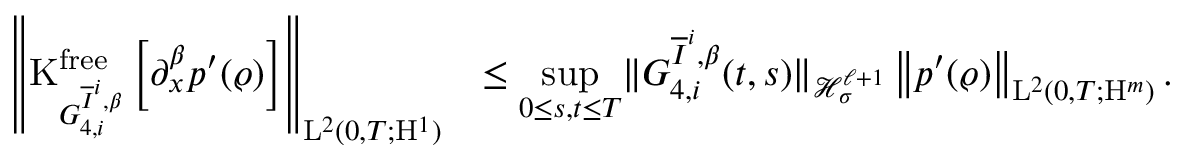
\begin{array} { r l } { \left\Vert \mathrm { K } _ { G _ { 4 , i } ^ { \overline { { I } } ^ { i } , \beta } } ^ { \mathrm { f r e e } } \left[ \partial _ { x } ^ { \beta } p ^ { \prime } ( \varrho ) \right] \right\Vert _ { \mathrm { L } ^ { 2 } ( 0 , T ; \mathrm { H } ^ { 1 } ) } } & { \leq \underset { 0 \leq s , t \leq T } { \operatorname* { s u p } } \Vert G _ { 4 , i } ^ { \overline { { I } } ^ { i } , \beta } ( t , s ) \Vert _ { \mathcal { H } _ { \sigma } ^ { \ell + 1 } } \left\Vert p ^ { \prime } ( \varrho ) \right\Vert _ { \mathrm { L } ^ { 2 } ( 0 , T ; \mathrm { H } ^ { m } ) } . } \end{array}